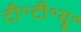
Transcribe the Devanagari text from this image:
टी॰टी॰यू॰